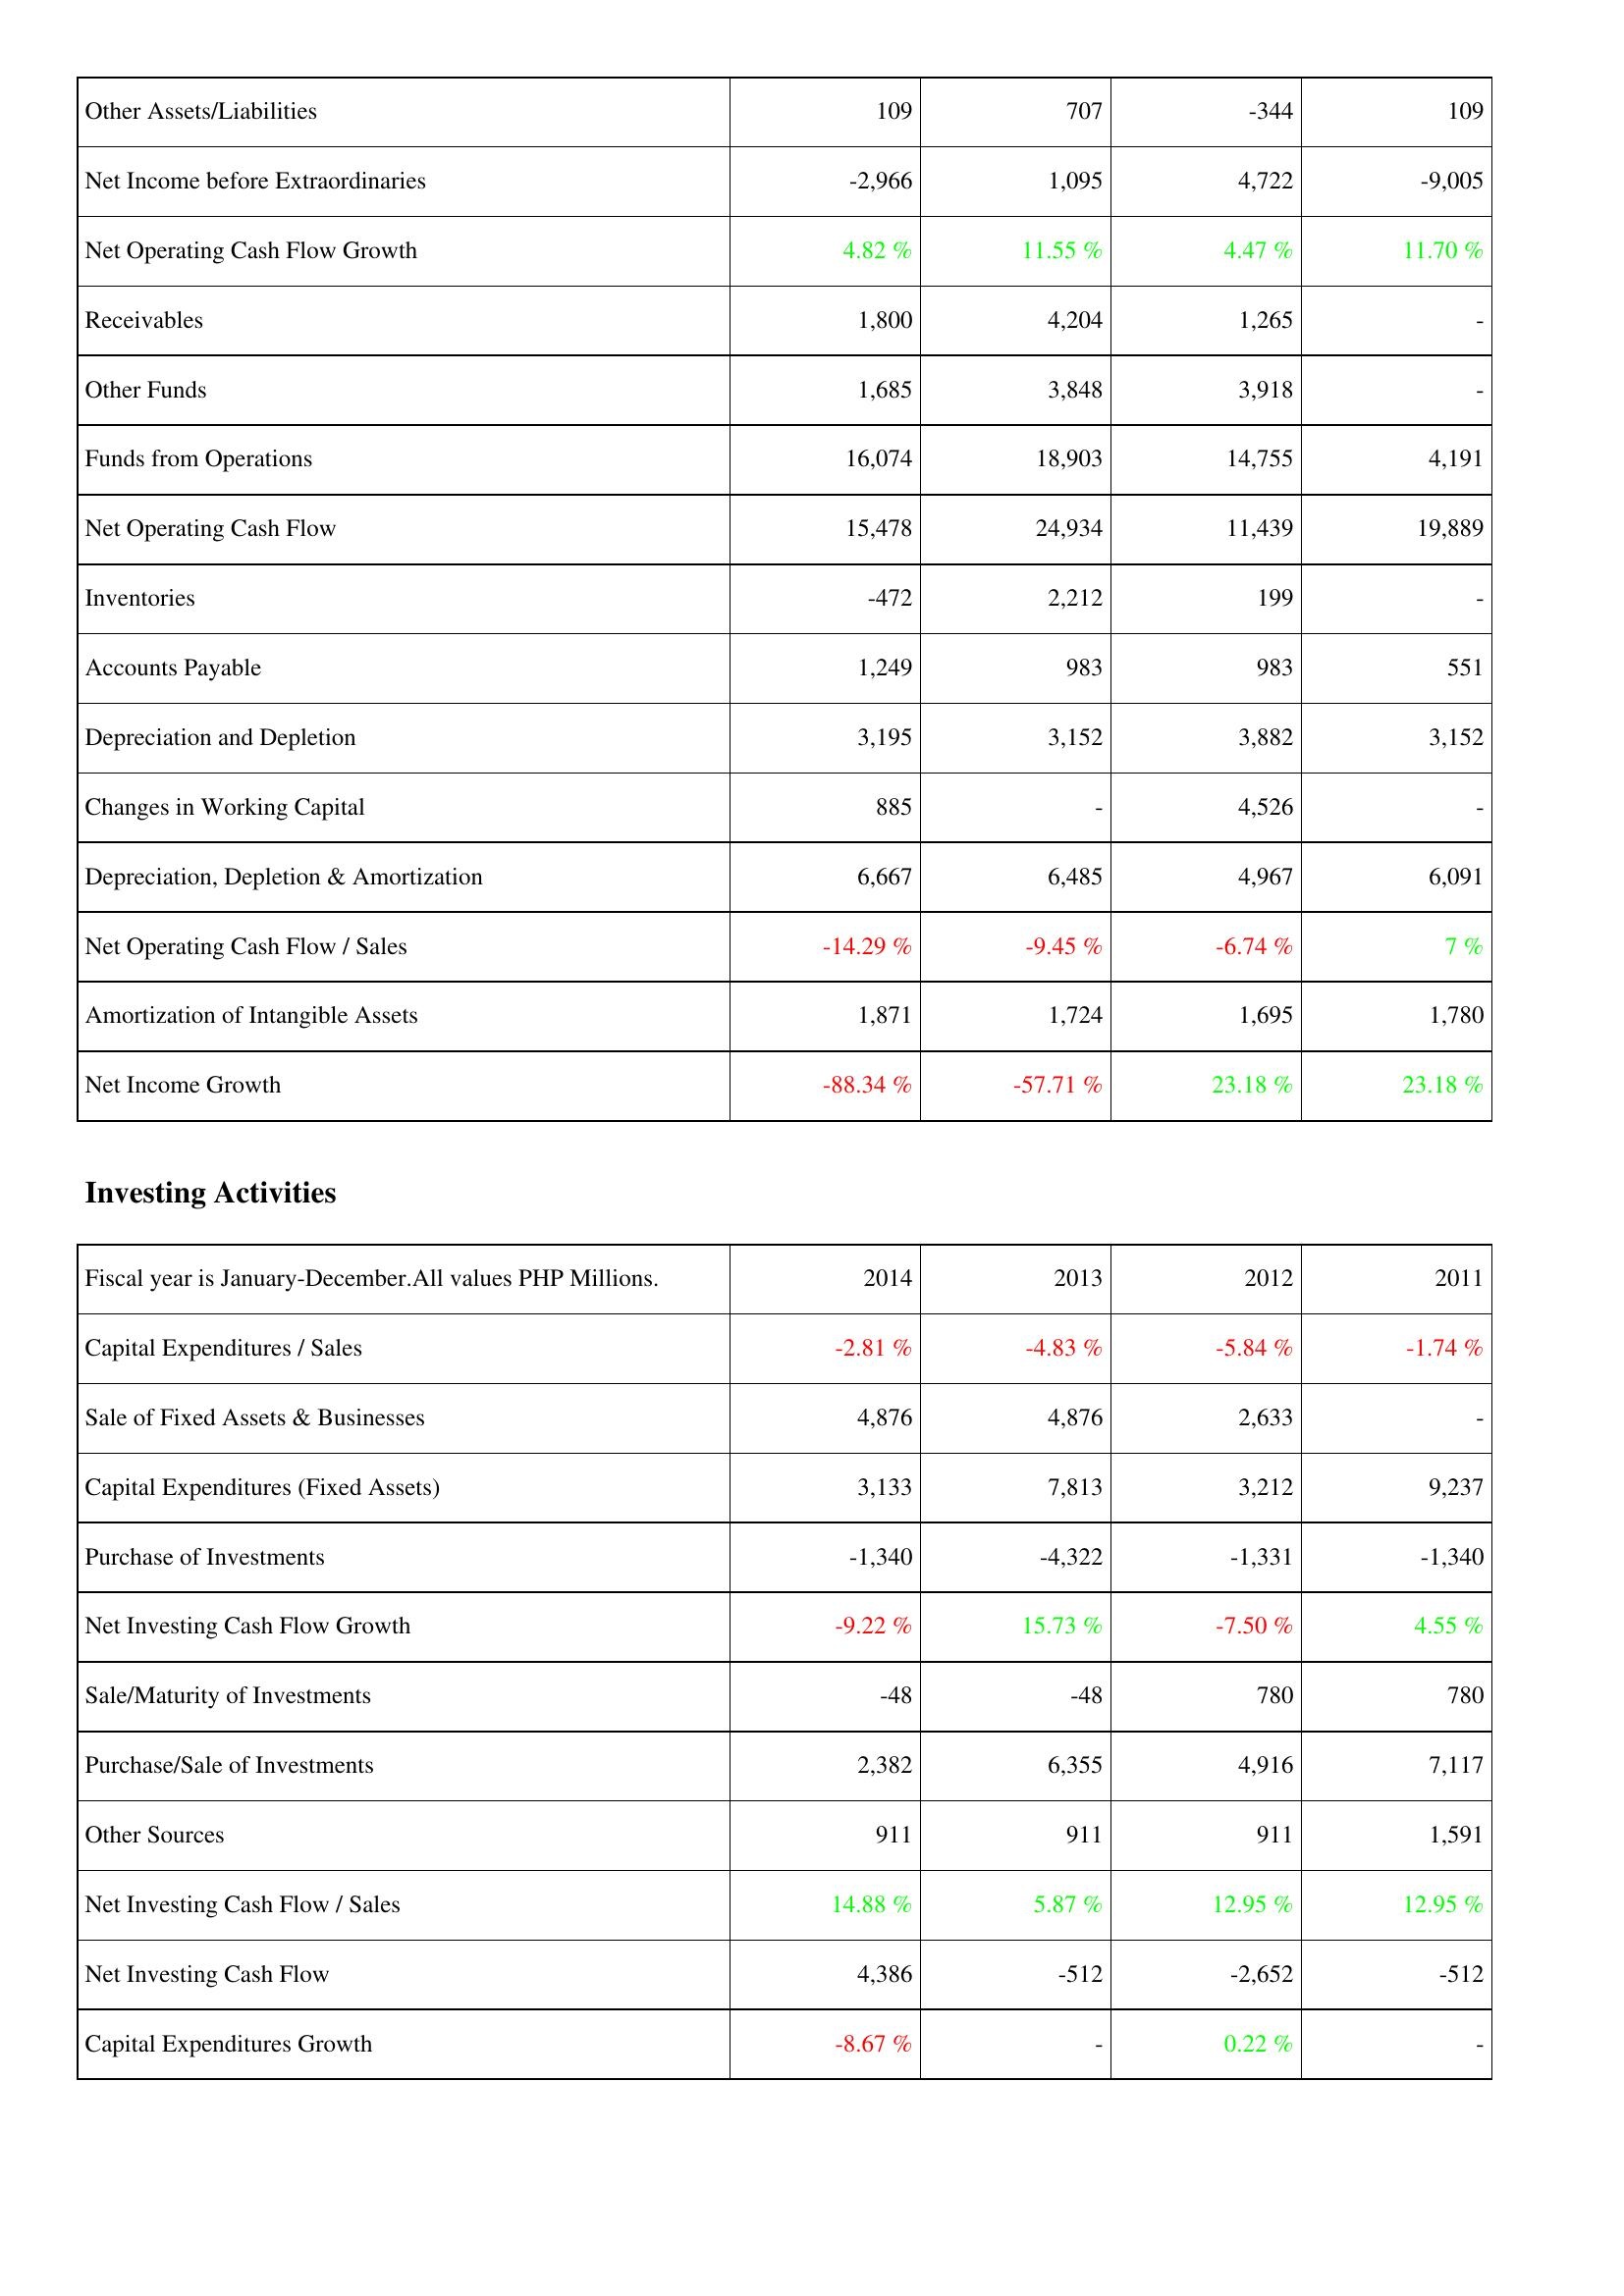
2014: Operating Activities: Other Assets/Liabilities: 109
Net Income before Extraordinaries: -2,966
Net Operating Cash Flow Growth: 4.82 %
Receivables: 1,800
Other Funds: 1,685
Funds from Operations: 16,074
Net Operating Cash Flow: 15,478
Inventories: -472
Accounts Payable: 1,249
Depreciation and Depletion: 3,195
Changes in Working Capital: 885
Depreciation, Depletion & Amortization: 6,667
Net Operating Cash Flow / Sales: -14.29 %
Amortization of Intangible Assets: 1,871
Net Income Growth: -88.34 %
Investing Activities: Capital Expenditures / Sales: -2.81 %
Sale of Fixed Assets & Businesses: 4,876
Capital Expenditures (Fixed Assets): 3,133
Purchase of Investments: -1,340
Net Investing Cash Flow Growth: -9.22 %
Sale/Maturity of Investments: -48
Purchase/Sale of Investments: 2,382
Other Sources: 911
Net Investing Cash Flow / Sales: 14.88 %
Net Investing Cash Flow: 4,386
Capital Expenditures Growth: -8.67 %
2013: Operating Activities: Other Assets/Liabilities: 707
Net Income before Extraordinaries: 1,095
Net Operating Cash Flow Growth: 11.55 %
Receivables: 4,204
Other Funds: 3,848
Funds from Operations: 18,903
Net Operating Cash Flow: 24,934
Inventories: 2,212
Accounts Payable: 983
Depreciation and Depletion: 3,152
Changes in Working Capital: -
Depreciation, Depletion & Amortization: 6,485
Net Operating Cash Flow / Sales: -9.45 %
Amortization of Intangible Assets: 1,724
Net Income Growth: -57.71 %
Investing Activities: Capital Expenditures / Sales: -4.83 %
Sale of Fixed Assets & Businesses: 4,876
Capital Expenditures (Fixed Assets): 7,813
Purchase of Investments: -4,322
Net Investing Cash Flow Growth: 15.73 %
Sale/Maturity of Investments: -48
Purchase/Sale of Investments: 6,355
Other Sources: 911
Net Investing Cash Flow / Sales: 5.87 %
Net Investing Cash Flow: -512
Capital Expenditures Growth: -
2012: Operating Activities: Other Assets/Liabilities: -344
Net Income before Extraordinaries: 4,722
Net Operating Cash Flow Growth: 4.47 %
Receivables: 1,265
Other Funds: 3,918
Funds from Operations: 14,755
Net Operating Cash Flow: 11,439
Inventories: 199
Accounts Payable: 983
Depreciation and Depletion: 3,882
Changes in Working Capital: 4,526
Depreciation, Depletion & Amortization: 4,967
Net Operating Cash Flow / Sales: -6.74 %
Amortization of Intangible Assets: 1,695
Net Income Growth: 23.18 %
Investing Activities: Capital Expenditures / Sales: -5.84 %
Sale of Fixed Assets & Businesses: 2,633
Capital Expenditures (Fixed Assets): 3,212
Purchase of Investments: -1,331
Net Investing Cash Flow Growth: -7.50 %
Sale/Maturity of Investments: 780
Purchase/Sale of Investments: 4,916
Other Sources: 911
Net Investing Cash Flow / Sales: 12.95 %
Net Investing Cash Flow: -2,652
Capital Expenditures Growth: 0.22 %
2011: Operating Activities: Other Assets/Liabilities: 109
Net Income before Extraordinaries: -9,005
Net Operating Cash Flow Growth: 11.70 %
Receivables: -
Other Funds: -
Funds from Operations: 4,191
Net Operating Cash Flow: 19,889
Inventories: -
Accounts Payable: 551
Depreciation and Depletion: 3,152
Changes in Working Capital: -
Depreciation, Depletion & Amortization: 6,091
Net Operating Cash Flow / Sales: 7 %
Amortization of Intangible Assets: 1,780
Net Income Growth: 23.18 %
Investing Activities: Capital Expenditures / Sales: -1.74 %
Sale of Fixed Assets & Businesses: -
Capital Expenditures (Fixed Assets): 9,237
Purchase of Investments: -1,340
Net Investing Cash Flow Growth: 4.55 %
Sale/Maturity of Investments: 780
Purchase/Sale of Investments: 7,117
Other Sources: 1,591
Net Investing Cash Flow / Sales: 12.95 %
Net Investing Cash Flow: -512
Capital Expenditures Growth: -